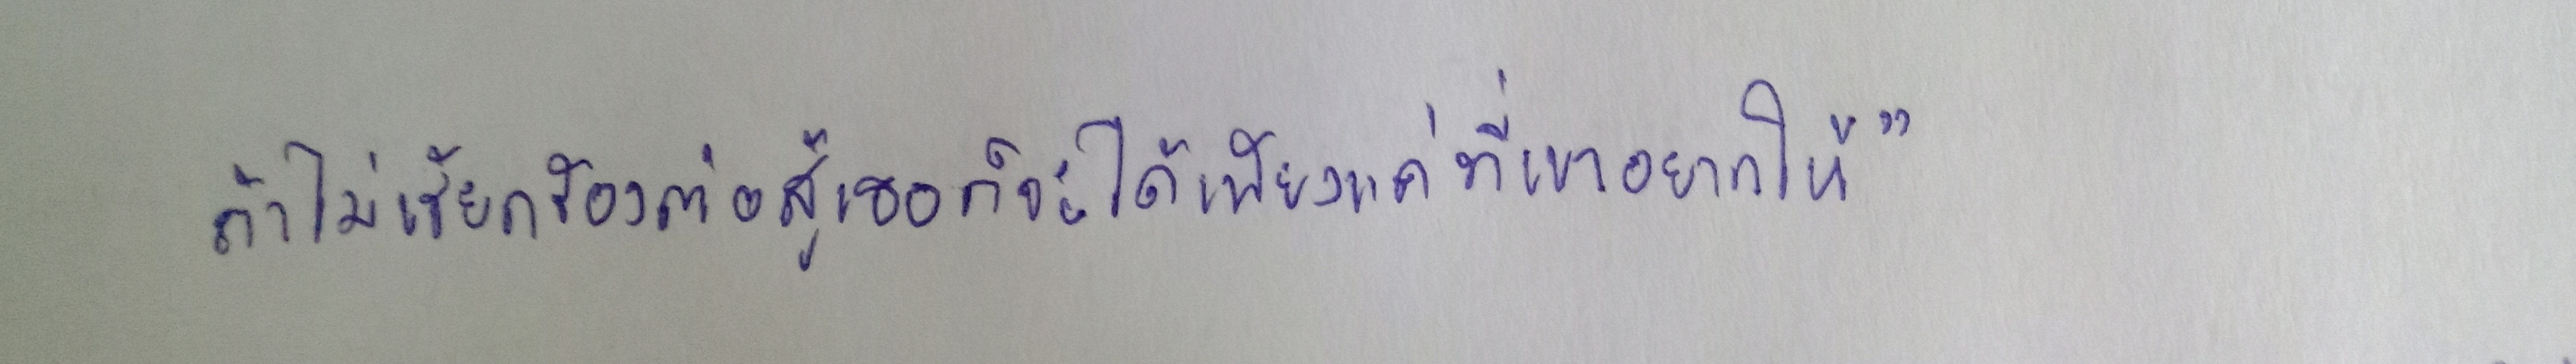
ถ้าไม่เรียกร้องต่อสู้เธอก็จะได้เพียงแค่ที่เขาอยากให้"